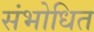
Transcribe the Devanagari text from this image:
संभोधित